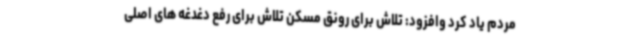
مردم یاد کرد وافزود: تلاش برای رونق مسکن تلاش برای رفع دغدغه های اصلی